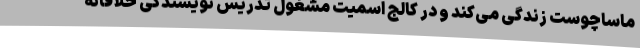
ماساچوست زندگی می‌کند و در کالج اسمیت مشغول تدریس نویسندگی خلاقانه